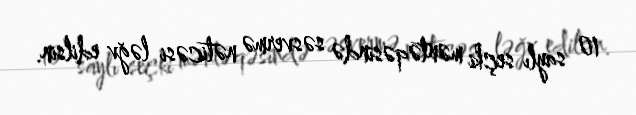
10 saylı seçki məntəqəsində səsvermə nəticəsi ləğv edilsin.